Annual administration report of the Civil Veterinary Department of India - 1896-1897
Year: 1896
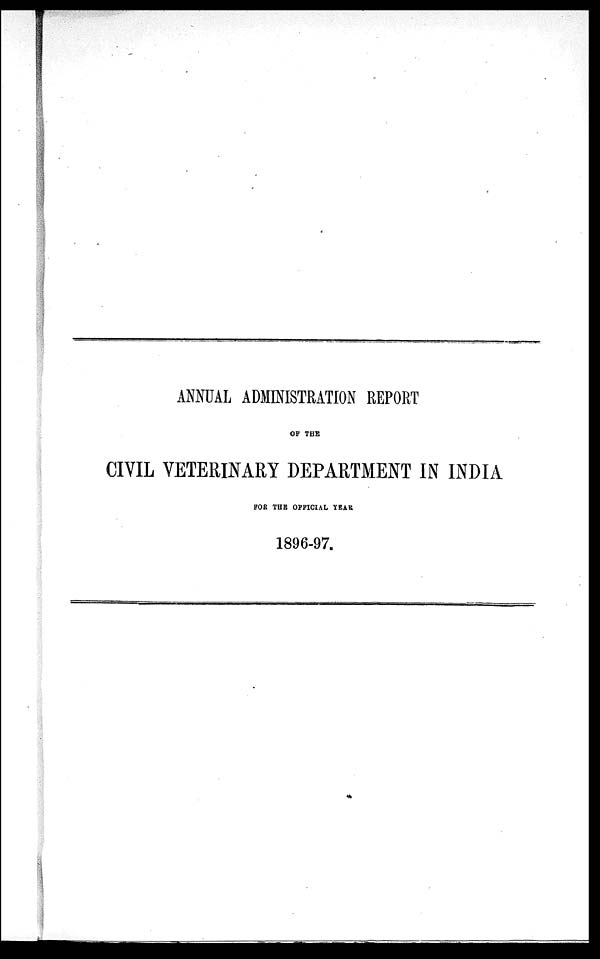
ANNUAL ADMINISTRATION REPORT
OF THE
CIVIL VETERINARY DEPARTMENT IN INDIA
FOR THE OFFICIAL YEAR
1896-97.